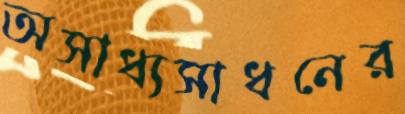
অসাধ্যসাধনের